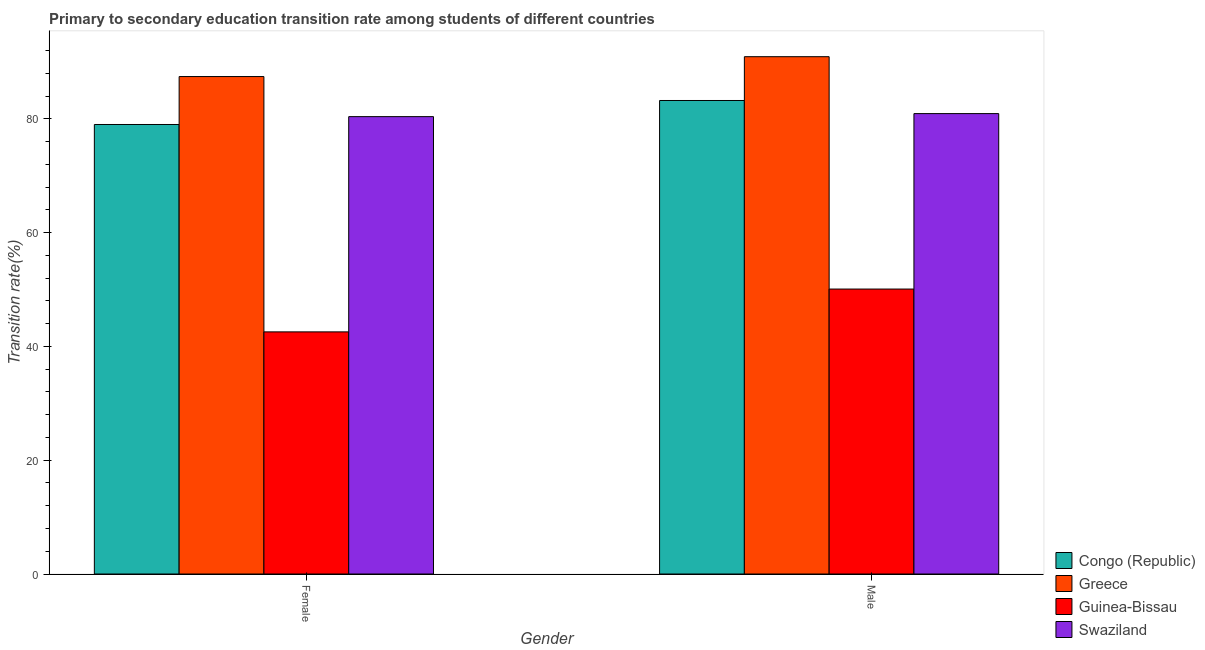
| Gender | Congo (Republic) | Greece | Guinea-Bissau | Swaziland |
 | --- | --- | --- | --- | --- |
 | Female | 79 | 87.4 | 42.5 | 80.4 |
 | Male | 83.2 | 90.9 | 50.1 | 80.9 |